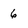
Character: 6